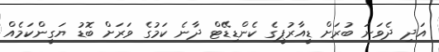
އަދި ދެވަނަ ބުރަށް ޑީއާރުޕީގެ ކެންޑިޑޭޓް ދާނެ ކަމުގެ ވަރަށް ބޮޑު ޔަގީންކަމެއް